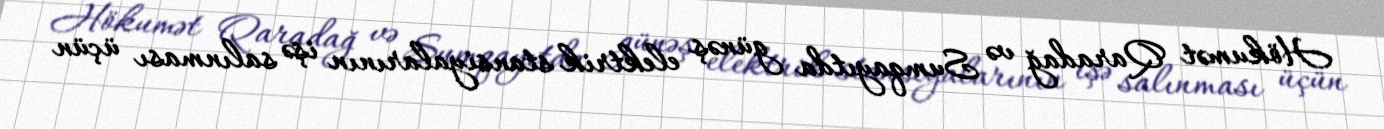
Hökumət Qaradağ və Sumqayıtda günəş elektrik stansiyalarının işə salınması üçün